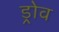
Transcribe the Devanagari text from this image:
ड्रोव